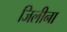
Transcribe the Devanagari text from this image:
जिलीना